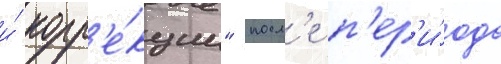
и́ корр'е́кции" посл'е п'ер'и́ода